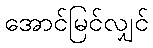
အောင်မြင်လျှင်